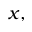
x ,